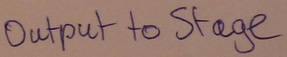
Text: Output to Stage